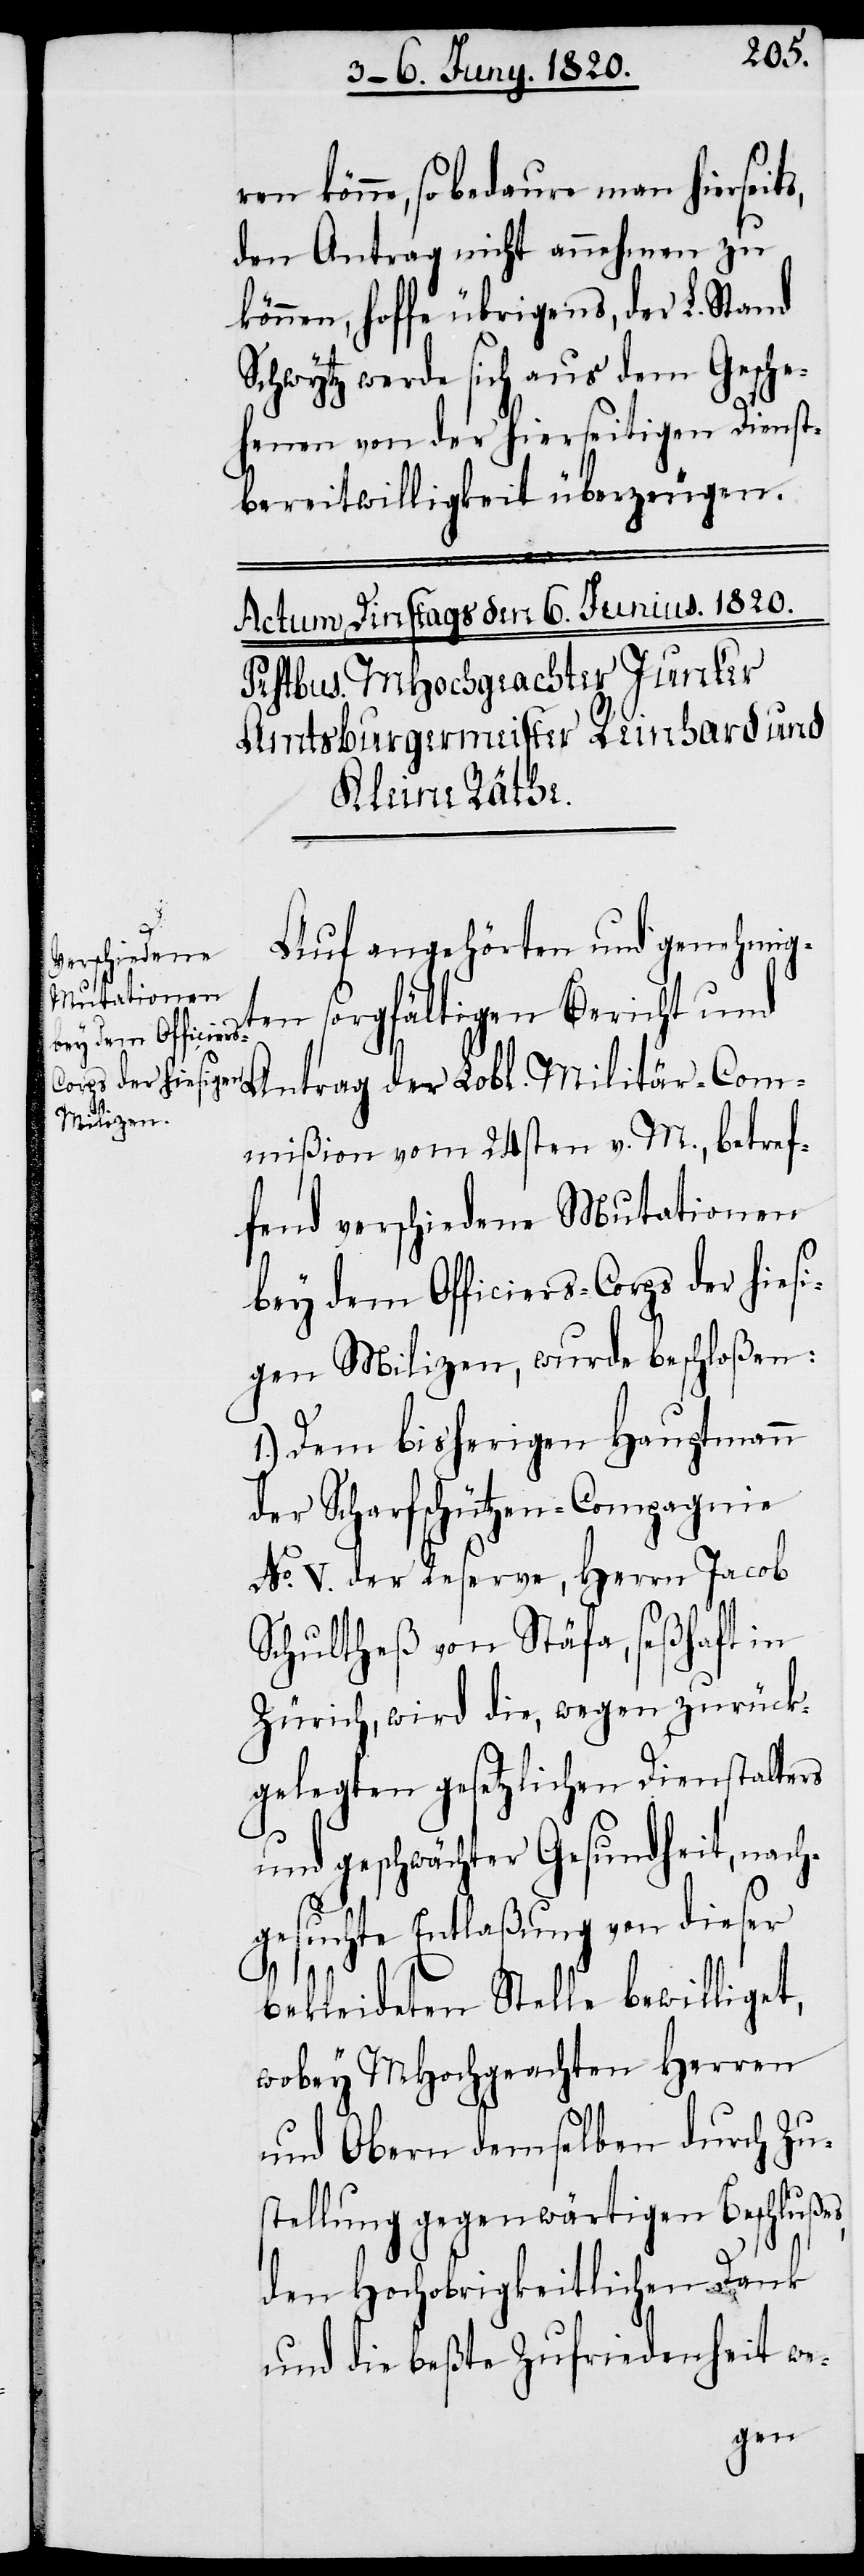
ren könne, so bedaure man hierseit¬
den Antrag nicht annehmen zu
können, hoffe übrigens, der L. Stand
Schwytz werde sich aus dem Gesche¬
hen von der hierseitigen Dienst¬
bereitwilligkeit überzeugen.
Militär-Co¬
Auf angehörten und genehmig¬
ten sorgfältigen Bericht und
mmißion vom 24sten v. M., betref¬
fend verschiedene Mutationen
bei dem Officiers-Corps der hiesi¬
gen Milizen, wurde beschloßen:
1.) Dem bisherigen Hauptmann
der Scharfschützen-Compagnie
No. V. der Reserve, Herrn Jacob
Schultheß von Stäfa, seßhaft in
Zürich, wird die, wegen zurück¬
gelegten gesetzlichen Dienstalters
und geschwächter Gesundheit, nach¬
gesuchte Entlaßung von dieser
bekleideten Stelle bewilliget,
wobey MHochgeachten Herren
und Obern demselben durch Zu¬
stellung gegenwärtigen Beschlußes,
s,
den Hochobrigkeitlichen Dank
und die beßte Zufriedenheit we-